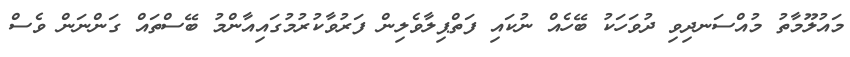
މައުލޫމާތު މުއްސަނދިވި ދުވަހަކު ބޭހެއް ނުކައި ފަތްޕިލާވެލިން ފަރުވާކުރުމުގައިއާންމު ބޭސްތައް ގަަންނަން ވެސް